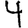
Digit: 4